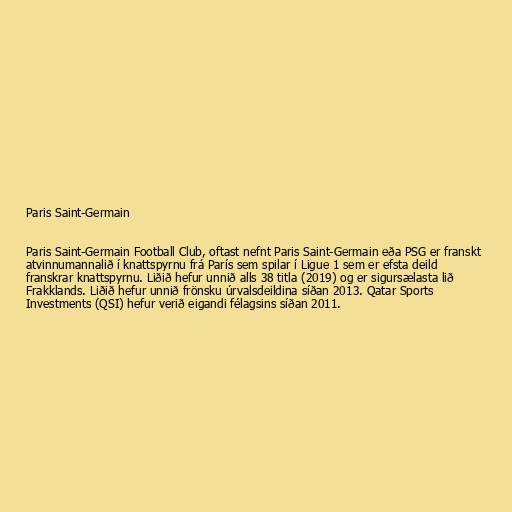
Paris Saint-Germain

Paris Saint-Germain Football Club, oftast nefnt Paris Saint-Germain eða PSG er franskt
atvinnumannalið í knattspyrnu frá París sem spilar í Ligue 1 sem er efsta deild
franskrar knattspyrnu. Liðið hefur unnið alls 38 titla (2019) og er sigursælasta lið
Frakklands. Liðið hefur unnið frönsku úrvalsdeildina síðan 2013. Qatar Sports
Investments (QSI) hefur verið eigandi félagsins síðan 2011.